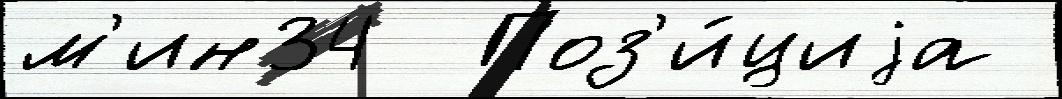
м'ин34  Поз'и́циjа